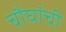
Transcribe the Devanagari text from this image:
चौघांची